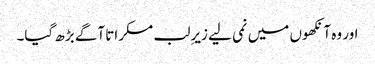
اور وہ آنکھوں میں نمی لیے زیرِ لب مسکراتا آگے بڑھ گیا۔